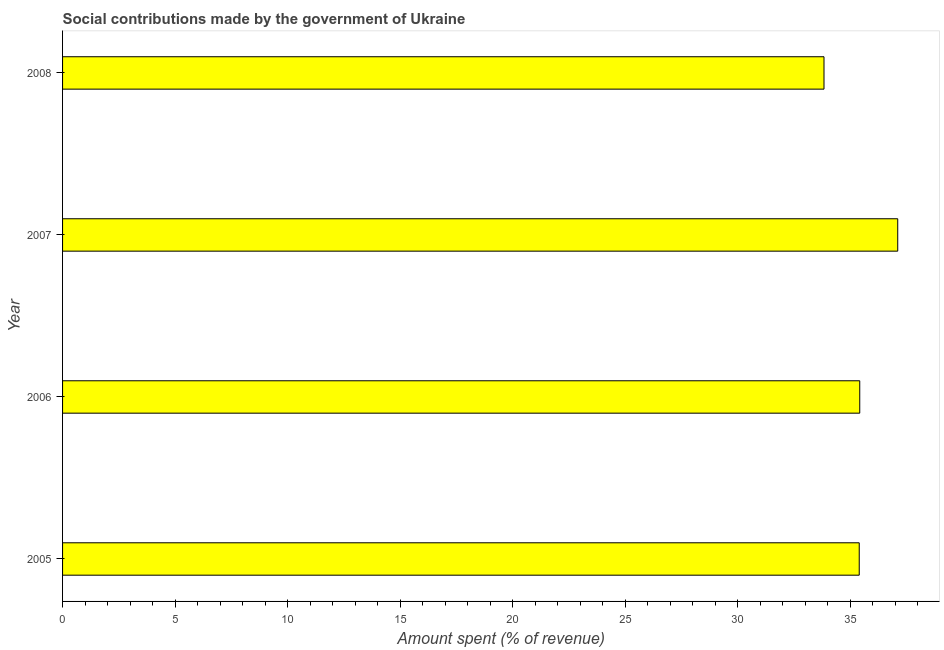
| Year | Social contributions |
 | --- | --- |
 | 2005 | 35.4 |
 | 2006 | 35.4 |
 | 2007 | 37.1 |
 | 2008 | 33.8 |